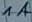
Text: 1A